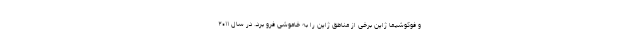
و فوکوشیما ژاپن برخی از مناطق ژاپن را به خاموشی فرو برد. در سال ۲۰۱۱